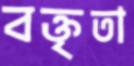
বক্তৃতা